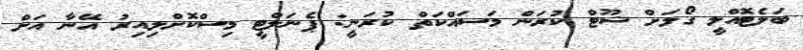
ބަލެޓޮއްލީ ގޯލަށް ޝޫޓް ކުރަން މަސައްކަތް ކުރަނީ: ޕެނަލްޓީ މިސްކޮށްލިއިރު އޭނާ އަށް